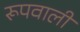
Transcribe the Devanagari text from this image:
रूपवाली